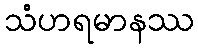
သံဟရမာနဿ